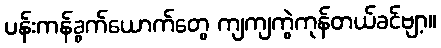
ပန်းကန်ခွက်ယောက်တွေ ကျကျကွဲကုန်တယ်ခင်ဗျာ့။